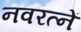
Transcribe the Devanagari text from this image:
नवरत्नें